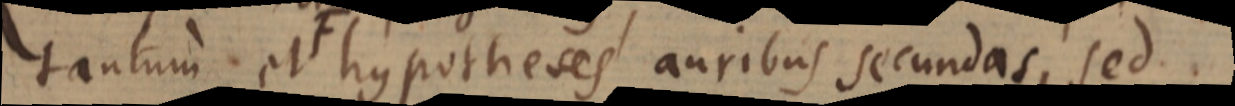
tantum et F hypotheses auribus secundas, sed